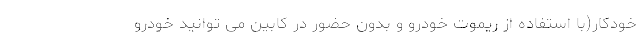
خودکار(با استفاده از ریموت خودرو و بدون حضور در کابین می توانید خودرو